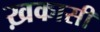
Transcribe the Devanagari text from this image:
ख़कासी